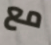
مع